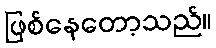
ဖြစ်နေတော့သည်။